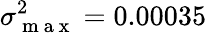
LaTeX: \sigma_{\mathrm{~m~a~x~}}^{2}=0.00035